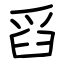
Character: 舀